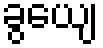
ခွယျေ